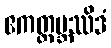
ဧကတ္ထမ္ဘဿိဒံ